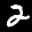
Label: 2